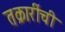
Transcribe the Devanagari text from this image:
तक्रारींची